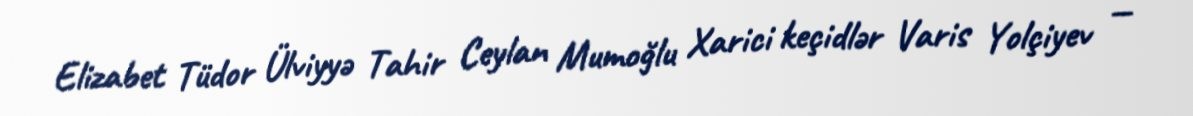
Elizabet Tüdor Ülviyyə Tahir Ceylan Mumoğlu Xarici keçidlər Varis Yolçiyev —